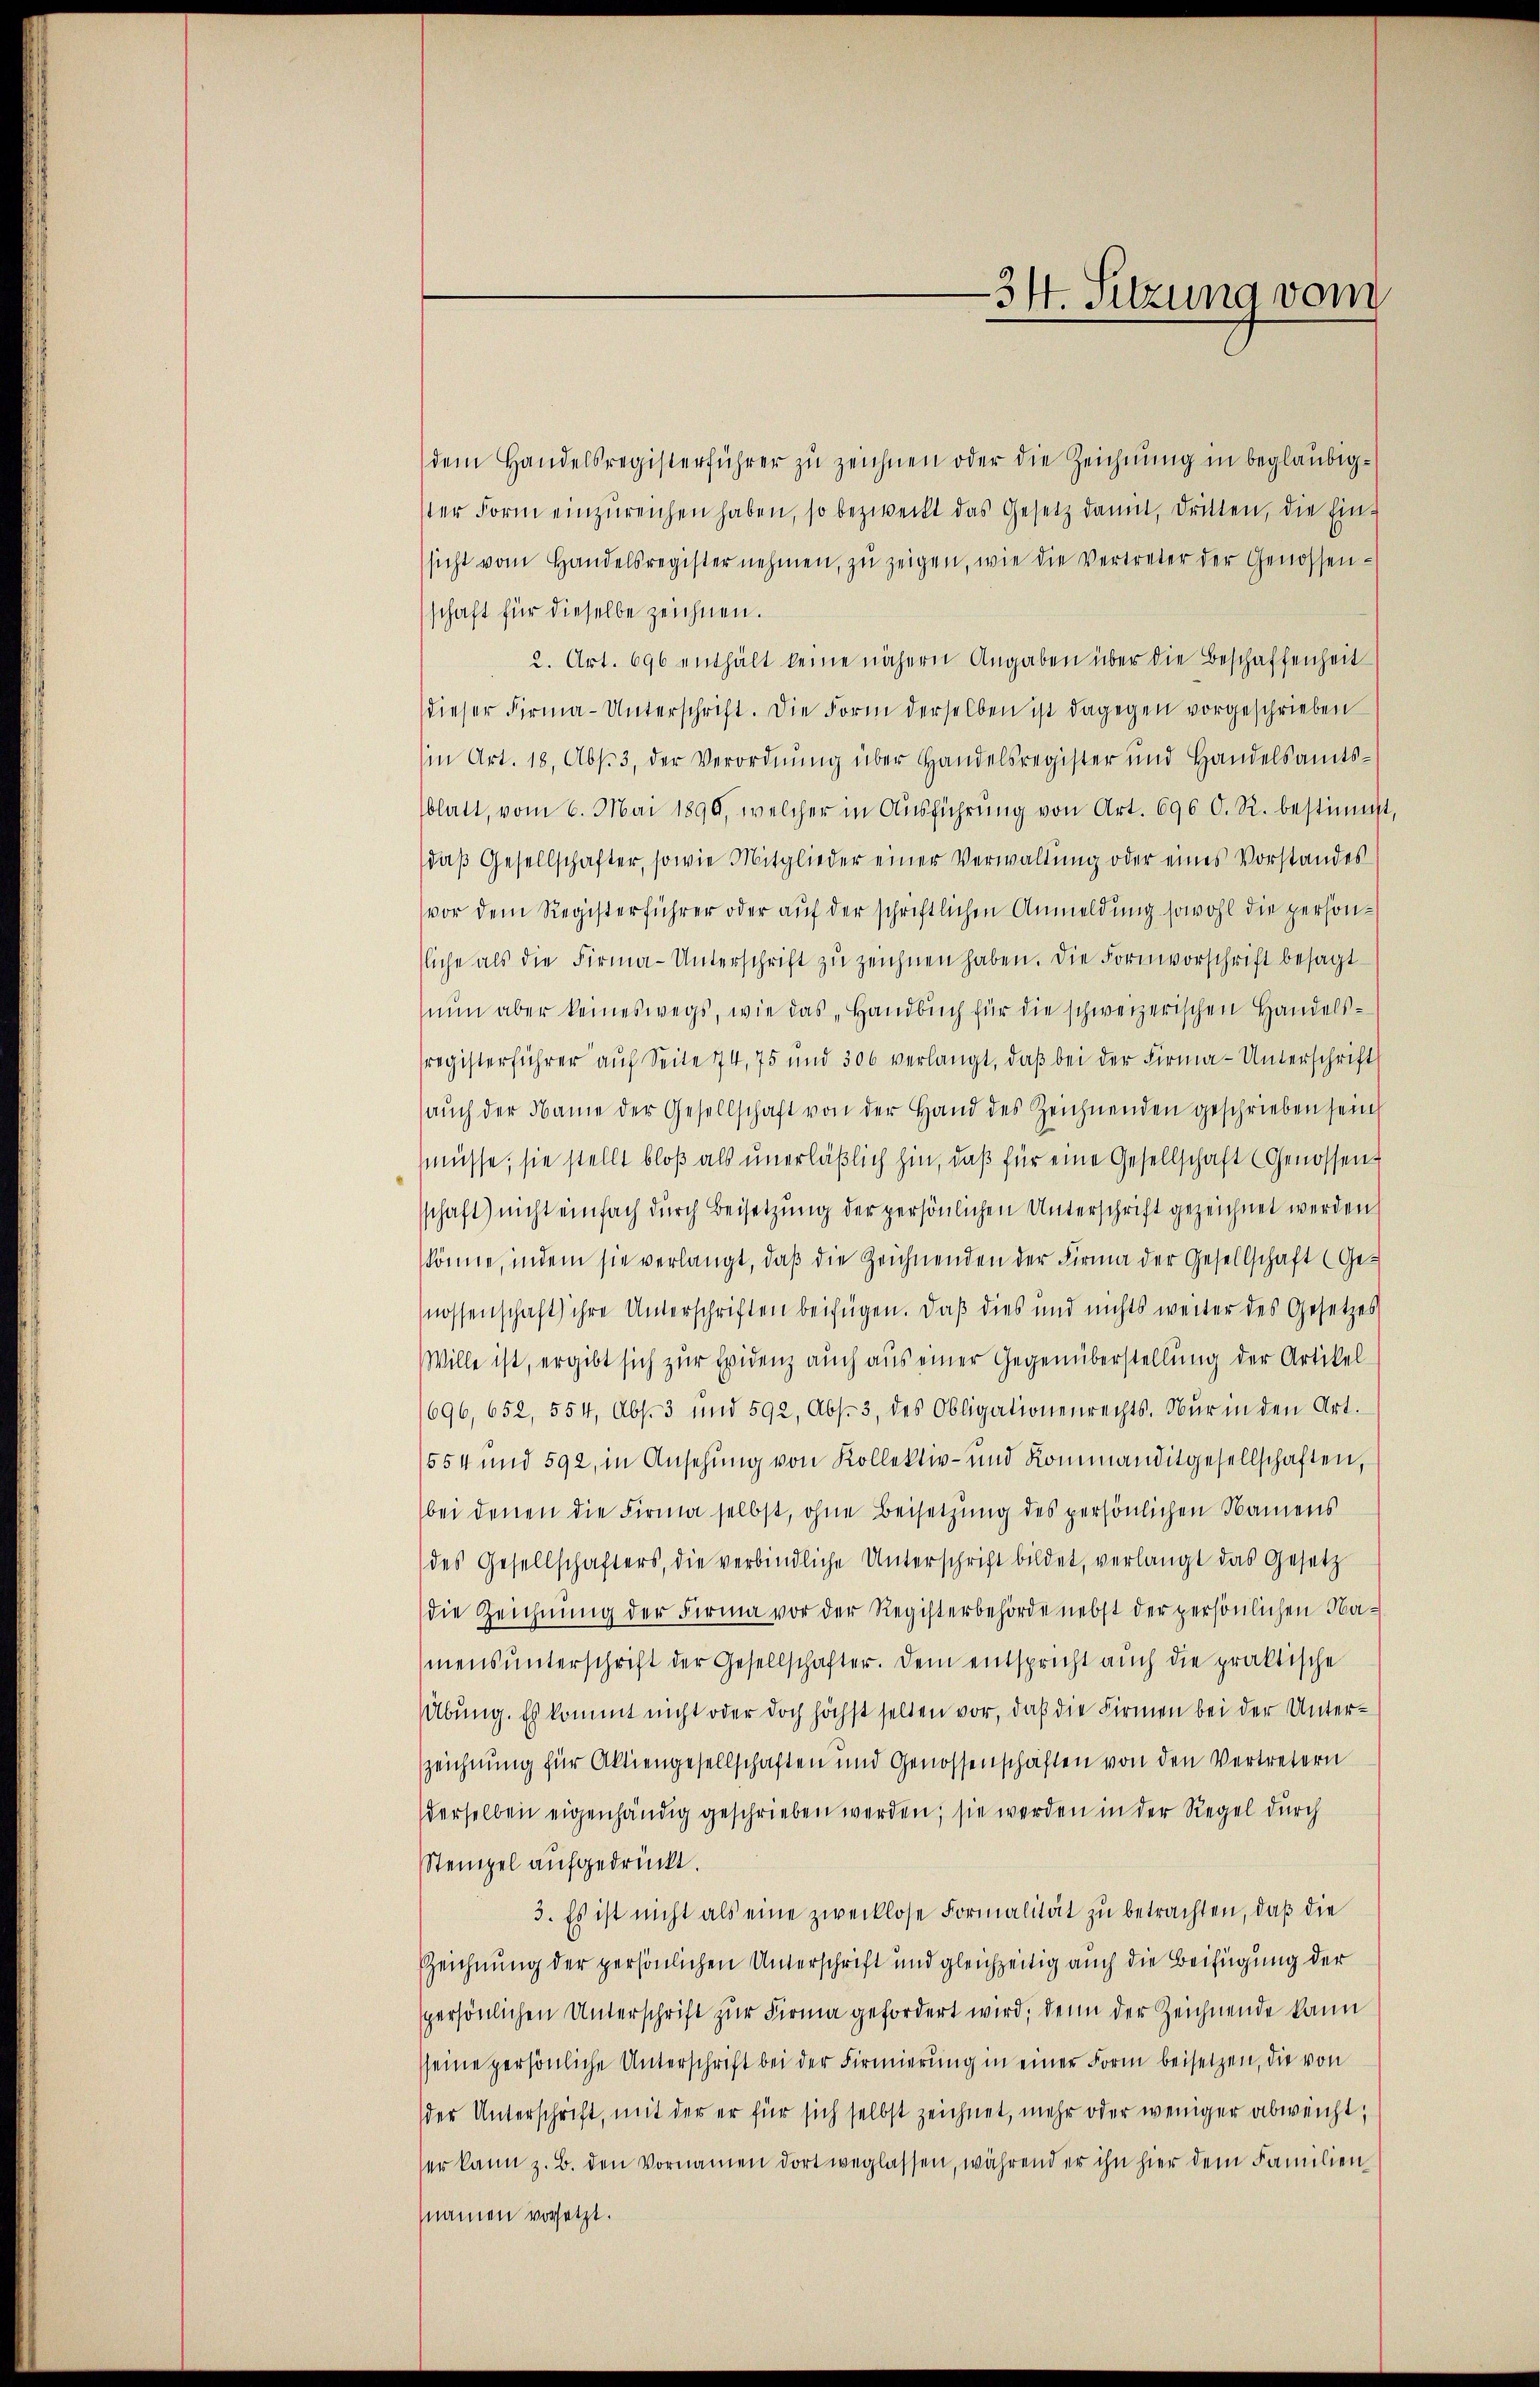
34. Sitzung vom

dem Handelsregisterführer zŭ zeichnen oder die Zeichnŭng in beglaubigster Form einzureichen haben, so bezweckt das Gesetz damit, dritten, die Ein-
sicht vom Handelsregister nehmen, zŭ zeigen, wie die Vertreter der Genossen-
schaft für dieselbe zeichnen.
2. Art. 696 enthält keine nähern Angaben über die Beschaffenheit
dieser Firma-Unterschrift. Die Form derselben ist dagegen vorgeschrieben
in Art. 18, Abs. 3, der Verordnŭng über Handelsregister und Handelsamts-
blatt, vom 6. Mai 1890, welcher in Aŭsführŭng von Art. 696 C. R. bestimmt,
daß Gesellschafter, sowie Mitglieder einer Verwaltung oder eines Vorstandes
vor dem Registerführer oder auf der schriftlichen Anmeldung sowohl die personliche als die Firma-Unterschrift zu zeichnen haben. Die Formvorschrift besagt
nŭn aber keineswegs, wie das „Handbuch für die schweizerischen Handels-
sregisterführer auf Seite 74, 75 und 306 verlangt, daβ bei der Firma-Unterschrift
aŭch der Name der Gesellschaft von der Hand des Zeichnenden geschrieben sein
müsse; sie stellt bloß als unerläßlich hin, daß für eine Gesellschaft (Genossen
sschaft) nicht einfach durch Beisetzung der persönlichen Unterschrift gezeichnet werden
könne, indem sie verlangt, daβ die Zeichnenden der Firma der Gesellschaft (Ge-
nossenschaft ihre Unterschriften beifügen. Daß dies und nichts weiter des Gesetzes
Wille ist, ergibt sich zur Evidenz auch aus einer Gegenüberstellung der Artikel
1696, 652, 554, Abs. 3 und 592, Abs. 3, des Obligationenrechts. Nur in den Art.
554 und 592, in Ansehung von Kollektiv- und Kommanditgesellschaften,
bei denen die Firma selbst, ohne Beisetzung des persönlichen Namens
des Gesellschafters, die verbindliche Unterschrift bildet, verlangt das Gesetz
die Zeichnung der Firma vor der Registerbehörde nebst der persönlichen Namensunterschrift der Gesellschafter. Dem entspricht auch die praktische
Übung. Es kommt nicht oder doch höchst selten vor, daß die Firmen bei der Unter¬
Zzeichnung für Aktiengesellschaften und Genossenschaften von den Vertretern
derselben eigenhändig geschrieben werden; sie werden in der Regel durch
Stempel aufgedrückt.
3. Es ist nicht als eine zwecklose Formalität zŭ betrachten, daβ die
Zeichnung der persönlichen Unterschrift und gleichzeitig auch die Beifügung der
spersönlichen Unterschrift zur Firma gefordert wird; denn der Zeichnende kann
sseine persönliche Unterschrift bei der Firmierung in einer Form beisetzen, die von
der Unterschrift, mit der er für sich selbst zeichnet, mehr oder weniger abweicht,
er kann z. B. den Vornamen dort weglassen, während er ihn hier dem Familien
(namen vorsetzt.